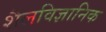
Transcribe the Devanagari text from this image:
शैलविज्ञानिक